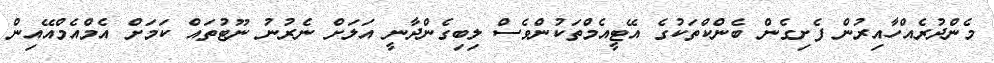
މެންދުރެއްހާއިރުން ފެށިގެން ބެންކްތަކުގެ އޭޓީއެމްތަކުންވެސް ލިބިގެންދާނީ އަލަށް ނެރުނު ނޫޓުތައް ކަމަށް އެމްއެމްއޭއިން